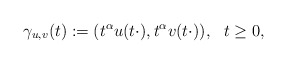
\begin{align*}\gamma_{u,v}(t):=(t^{\alpha}u(t\cdot),t^{\alpha}v(t\cdot)),\ \ t\geq0,\end{align*}